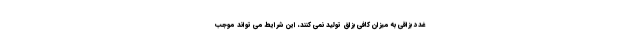
غدد بزاقی به میزان کافی بزاق تولید نمی کنند، این شرایط می تواند موجب